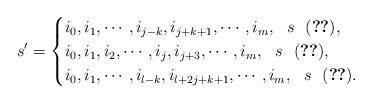
LaTeX: \begin{align*}s'=\begin{cases} i_0, i_1,\cdots, i_{j-k}, i_{j+k+1},\cdots, i_m,\ \ s \ \ \eqref{beginning1},\\i_0,i_1,i_2,\cdots, i_j,i_{j+3},\cdots, i_m,\ \ s\ \ \eqref{beginning2},\\i_0,i_1,\cdots, i_{l-k},i_{l+2j+k+1},\cdots, i_m,\ \ s\ \ \eqref{beginning3}.\end{cases}\end{align*}